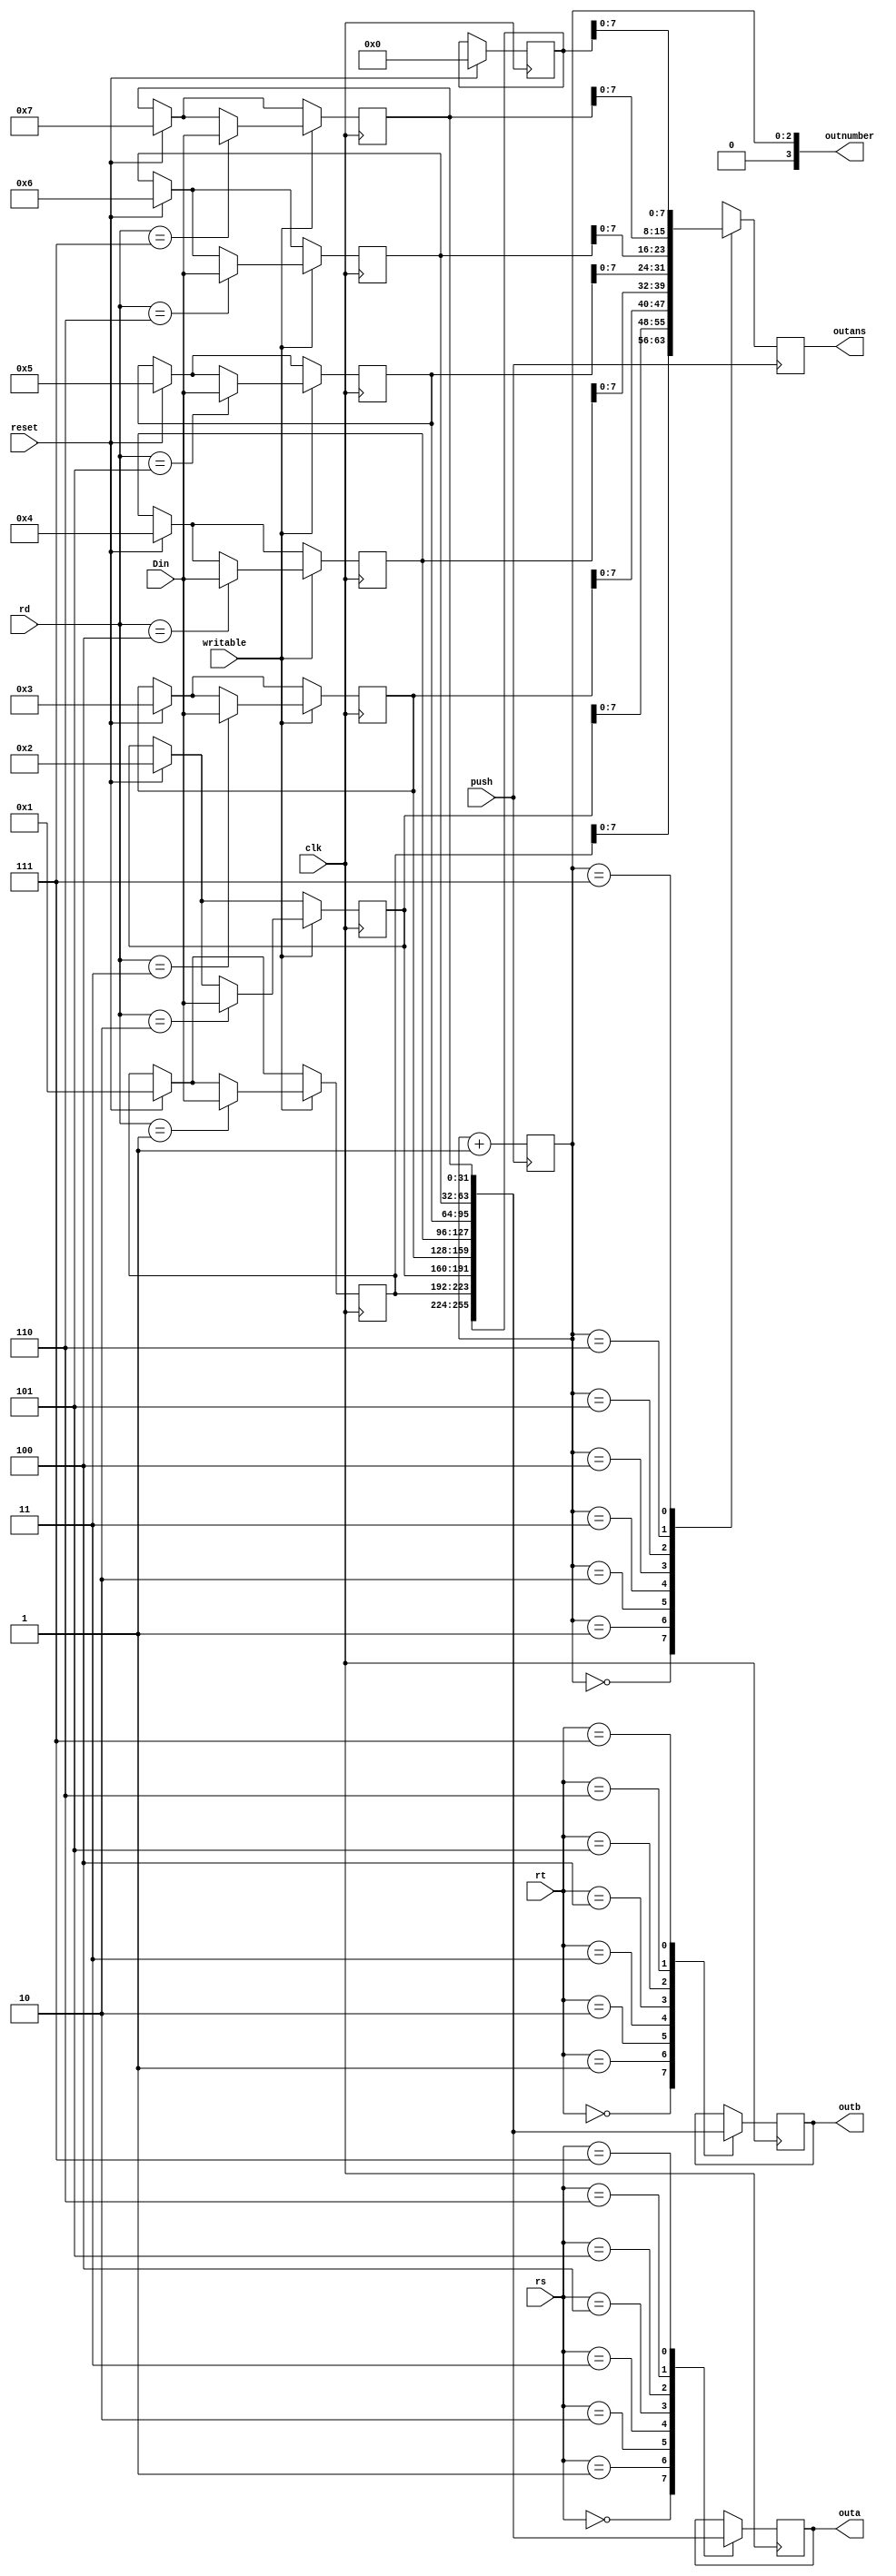
module RegSet(
			input reset,
			input push,
			input [31:0] Din,
			input writable,
			input [4:0] rs,
			input [4:0] rt,
			input [4:0] rd,
			input clk,
			output [31:0] outa,
			output [31:0] outb,
			output [7:0] outans,
			output [3:0] outnumber
    );

	reg [31:0] s0 =0;
	reg [31:0] s1 =1;
	reg [31:0] s2 =2;
	reg [31:0] s3 =3;
	reg [31:0] s4 =4;
	reg [31:0] s5 =5;
	reg [31:0] s6 =6;
	reg [31:0] s7 =7;
	
	reg [31:0] a =0;
	reg [31:0] b =0;
	
	reg [2:0] count =0;
	reg [7:0] aout =0;
	
	assign outans = aout;
	assign outnumber = {0,count};
	assign outa = a;
	assign outb = b;
/*	
	initial
	begin
		s0 = 32'b00000000000000000000000000000000;
		s1 = 32'b00000000000000000000000000000000;
		s2 = 32'b00000000000000000000000000000000;
		s3 = 32'b00000000000000000000000000000000;
		s4 = 32'b00000000000000000000000000000000;
		s5 = 32'b00000000000000000000000000000000;
		s6 = 32'b00000000000000000000000000000000;
		s7 = 32'b00000000000000000000000000000000;
	end
*/
	always @(posedge push)
	begin
		count =count+1;
	end

	
	always @(posedge push)
	begin
		case(count)
		3'b000:aout = s1[7:0];
		3'b001:aout = s2[7:0];
		3'b010:aout = s3[7:0];
		3'b011:aout = s4[7:0];
		3'b100:aout = s5[7:0];
		3'b101:aout = s6[7:0];
		3'b110:aout = s7[7:0];
		3'b111:aout = s0[7:0];
		endcase
	end
	
	always @(posedge clk)
	begin
		if(reset)
		begin
			s0 <=0;
			s1 <=1;
			s2 <=2;
			s3 <=3;
			s4 <=4;
			s5 <=5;
			s6 <=6;
			s7 <=7;
		end
		
		case(rs)
		5'b00000:
			a= s0;
		5'b00001:
			a= s1;
		5'b00010:
			a= s2;
		5'b00011:
			a= s3;
		5'b00100:
			a= s4;
		5'b00101:
			a= s5;
		5'b00110:
			a= s6;
		5'b00111:
			a= s7;
		endcase
		
		
		case(rt)
		5'b00000:
			b= s0;
		5'b00001:
			b= s1;
		5'b00010:
			b= s2;
		5'b00011:
			b= s3;
		5'b00100:
			b= s4;
		5'b00101:
			b= s5;
		5'b00110:
			b= s6;
		5'b00111:
			b= s7;
		endcase
		
		if(writable)
		begin
			case(rd)
			5'b00000:
				;
			5'b00001:
				s1 <= Din;
			5'b00010:
				s2 <= Din;
			5'b00011:
				s3 <= Din;
			5'b00100:
				s4 <= Din;
			5'b00101:
				s5 <= Din;
			5'b00110:
				s6 <= Din;
			5'b00111:
				s7 <= Din;
			endcase
		end
	end
	

endmodule